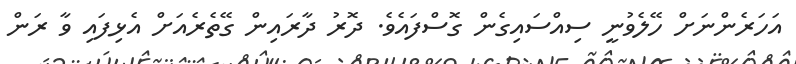
އަހަރެންނަށް ހޭލެވުނީ ސިއްސައިގެން ގޮސްފައެވެ. ދޮރު ދާރައިން ގޭތެރެއަށް އެޅިފައި ވާ ރަން